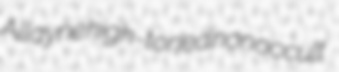
Allayne high-toned nonoccult